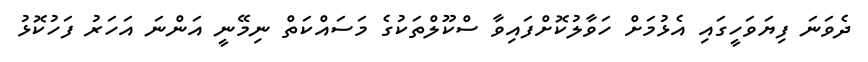
ދެވަނަ ފިޔަވަހީގައި އެޅުމަށް ހަވާލުކޮށްފައިވާ ސްކޫލްތަކުގެ މަސައްކަތް ނިމޭނީ އަންނަ އަހަރު ފަހުކޮޅު